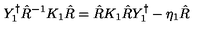
Y _ { 1 } ^ { \dagger } \hat { R } ^ { - 1 } K _ { 1 } \hat { R } = \hat { R } K _ { 1 } \hat { R } Y _ { 1 } ^ { \dagger } - \eta _ { 1 } \hat { R }